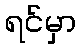
ရင်မှာ